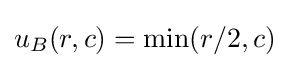
u_{B}(r,c)=\min(r/2,c)